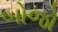
બોજો